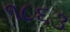
૧૮૬૩